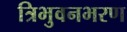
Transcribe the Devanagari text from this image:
त्रिभुवनभरण